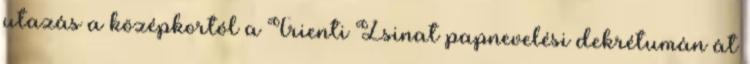
utazás a középkortól a Trienti Zsinat papnevelési dekrétumán át